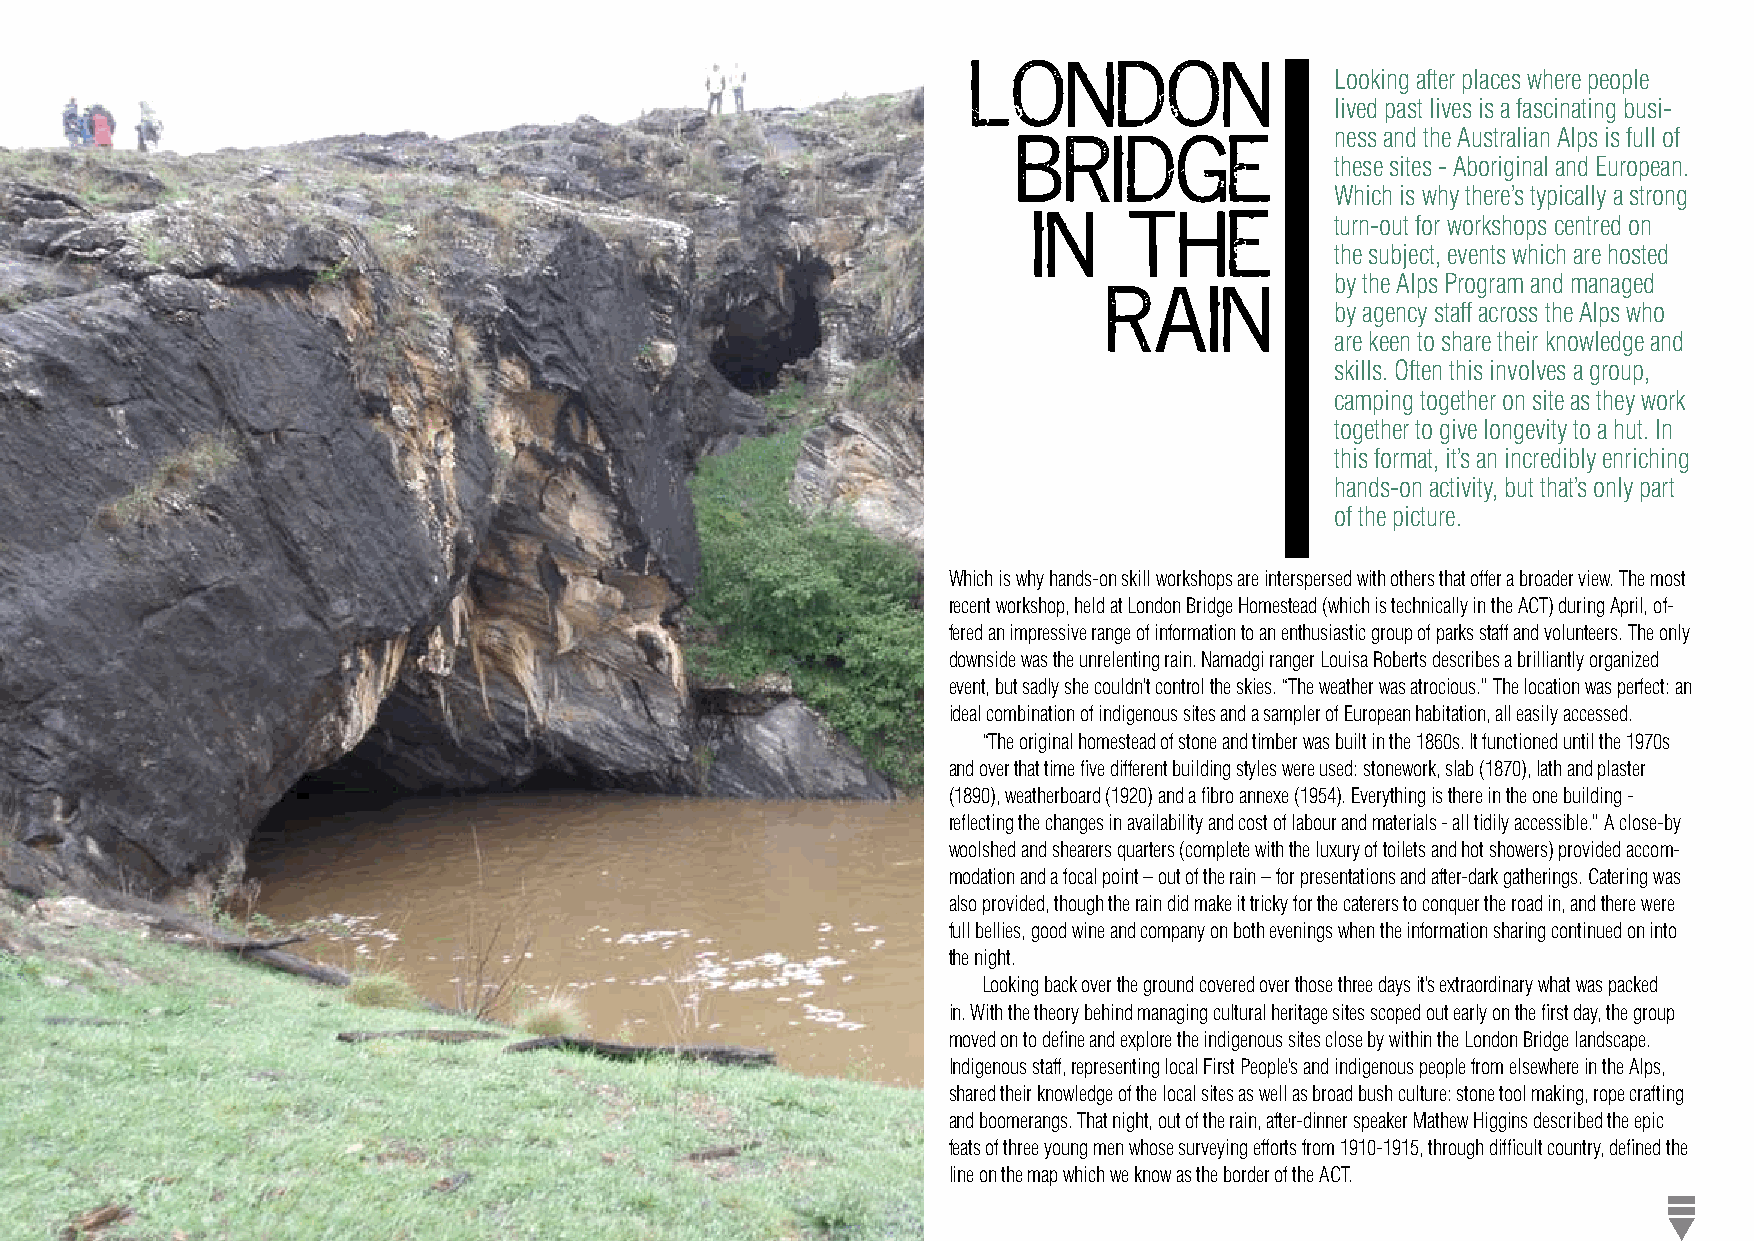
Looking after places where people
 LONDON
 lived past lives is a fascinating busi-
 ness and the Australian Alps is full of
 BRIDGE               these sites - Aboriginal and European.
 Which is why there’s typically a strong
 turn-out for workshops centred on
 IN     THE
 the subject, events which are hosted
 by the Alps Program and managed
 RAIN           by agency staff across the Alps who
 are keen to share their knowledge and
 skills. Often this involves a group,
 camping together on site as they work
 together to give longevity to a hut. In
 this format, it’s an incredibly enriching
 hands-on activity, but that’s only part
 of the picture.
 Which is why hands-on skill workshops are interspersed with others that offer a broader view. The most
 recent workshop, held at London Bridge Homestead (which is technically in the ACT) during April, of-
 fered an impressive range of information to an enthusiastic group of parks staff and volunteers. The only
 downside was the unrelenting rain. Namadgi ranger Louisa Roberts describes a brilliantly organized
 event, but sadly she couldn’t control the skies. “The weather was atrocious.” The location was perfect: an
 ideal combination of indigenous sites and a sampler of European habitation, all easily accessed.
 “The original homestead of stone and timber was built in the 1860s. It functioned until the 1970s
 and over that time five different building styles were used: stonework, slab (1870), lath and plaster
 (1890), weatherboard (1920) and a fibro annexe (1954). Everything is there in the one building -
 reflecting the changes in availability and cost of labour and materials - all tidily accessible.” A close-by
 woolshed and shearers quarters (complete with the luxury of toilets and hot showers) provided accom-
 modation and a focal point – out of the rain – for presentations and after-dark gatherings. Catering was
 also provided, though the rain did make it tricky for the caterers to conquer the road in, and there were
 full bellies, good wine and company on both evenings when the information sharing continued on into
 the night.
 Looking back over the ground covered over those three days it’s extraordinary what was packed
 in. With the theory behind managing cultural heritage sites scoped out early on the first day, the group
 moved on to define and explore the indigenous sites close by within the London Bridge landscape.
 Indigenous staff, representing local First People’s and indigenous people from elsewhere in the Alps,
 shared their knowledge of the local sites as well as broad bush culture: stone tool making, rope crafting
 and boomerangs. That night, out of the rain, after-dinner speaker Mathew Higgins described the epic
 feats of three young men whose surveying efforts from 1910-1915, through difficult country, defined the
 line on the map which we know as the border of the ACT.